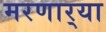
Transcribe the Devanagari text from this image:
मरणार्‍या